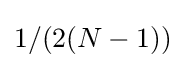
1/(2(N-1))